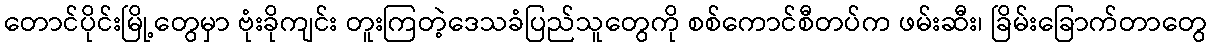
တောင်ပိုင်းမြို့တွေမှာ ဗုံးခိုကျင်း တူးကြတဲ့ဒေသခံပြည်သူတွေကို စစ်ကောင်စီတပ်က ဖမ်းဆီး၊ ခြိမ်းခြောက်တာတွေ